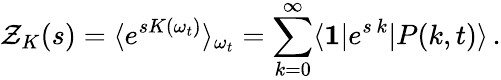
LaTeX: \mathcal{Z}_{K}(s)=\langle e^{sK(\omega_{t})}\rangle_{\omega_{t}}=\sum_{k=0}^{\infty}\langle\mathbf{1}|e^{s\, k}|P(k,t)\rangle\, .